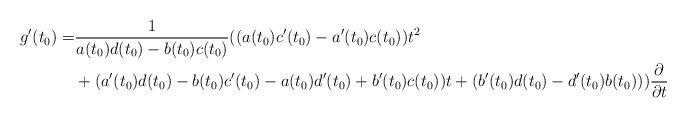
LaTeX: \begin{align*}g'(t_0) =& \frac1{a(t_0)d(t_0) - b(t_0)c(t_0)}((a(t_0)c'(t_0)-a'(t_0)c(t_0))t^2 \\&+ (a'(t_0)d(t_0)-b(t_0)c'(t_0) -a(t_0)d'(t_0)+b'(t_0)c(t_0))t + (b'(t_0)d(t_0)-d'(t_0)b(t_0)))\frac{\partial}{\partial t}\end{align*}